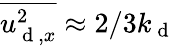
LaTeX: \overline{{{u_{\mathrm{~d~},x}^{2}}}}\approx 2/3k_{\mathrm{~d~}}